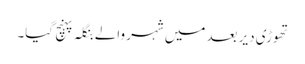
تھوڑی دیر بعد میں شہر والے بنگلہ پہنچ گیا۔